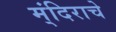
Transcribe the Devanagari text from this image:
म्ंदिराचे